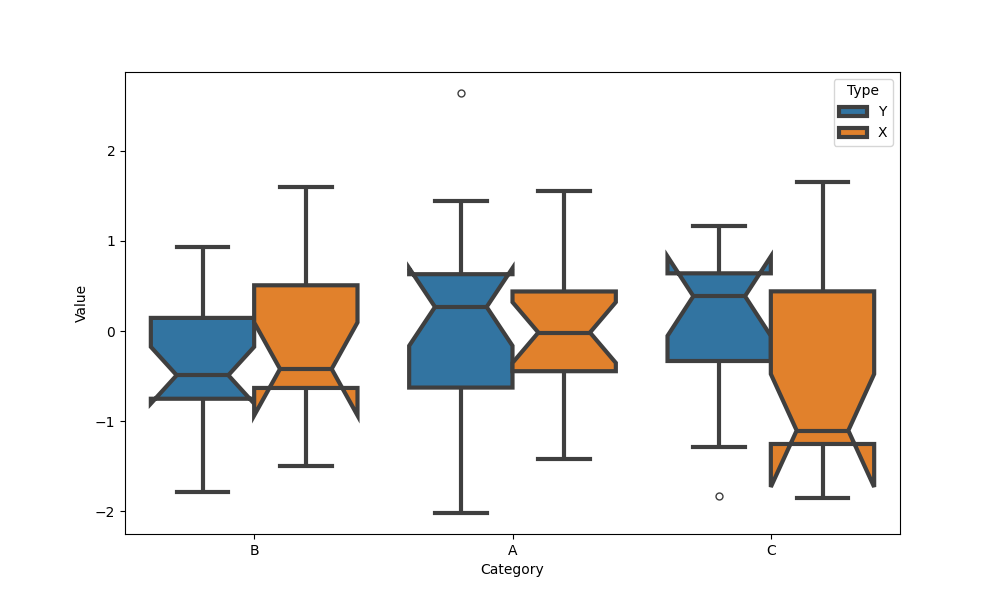
python, seaborn, boxplot, width=0.8, linewidth=3, fliersize=5, notch=True